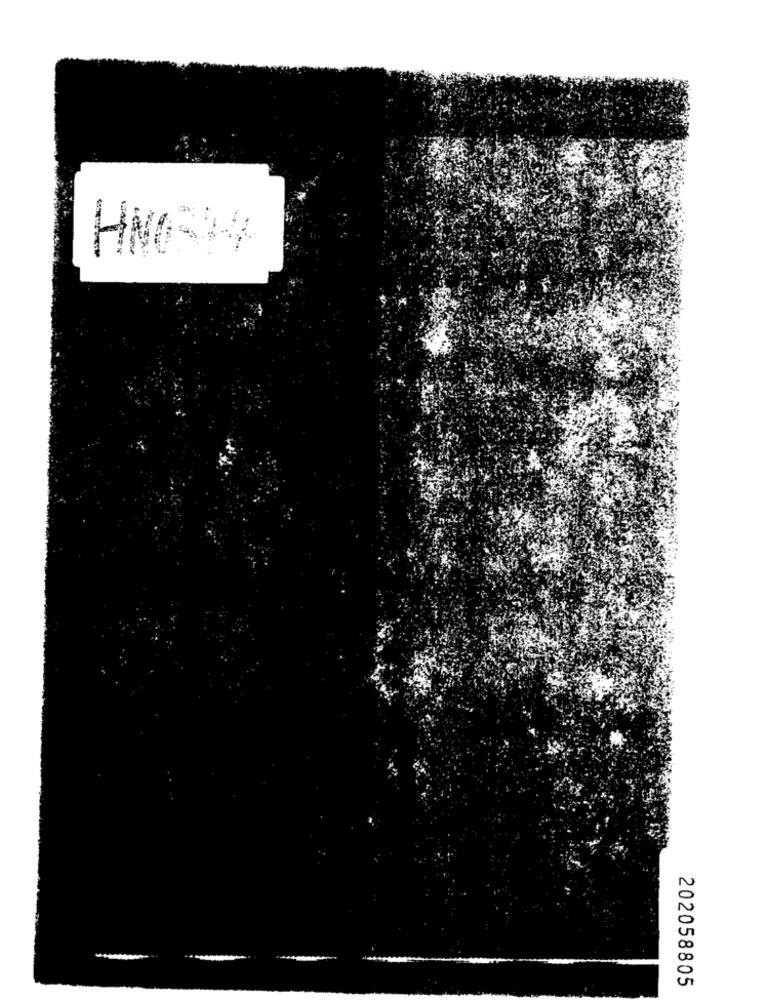
202058805